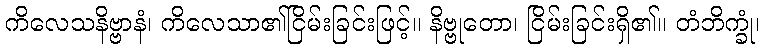
ကိလေသနိဗ္ဗာနံ၊ ကိလေသာ၏ငြိမ်းခြင်းဖြင့်။ နိဗ္ဗုတော၊ ငြိမ်းခြင်းရှိ၏။ တံဘိက္ခုံ၊